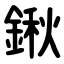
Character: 鍬